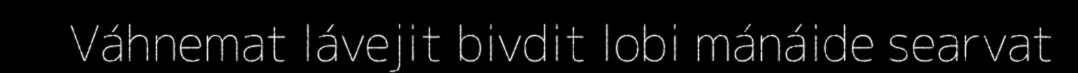
Váhnemat lávejit bivdit lobi mánáide searvat